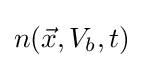
n({\vec {x}},V_{b},t)